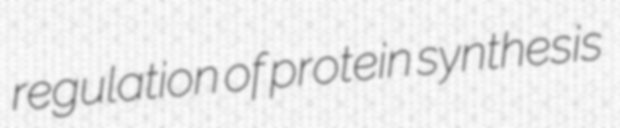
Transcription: regulation of protein synthesis